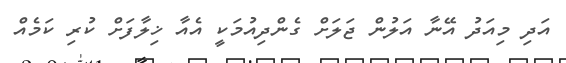
އަދި މިއަދު އޭނާ އަލުން ޖަލަށް ގެންދިއުމަކީ އެއާ ޚިލާފަށް ކުރި ކަމެއް